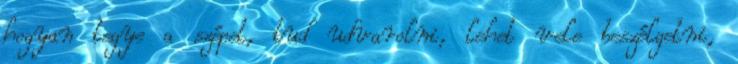
hogyan tegye a szépet, tud udvarolni, lehet vele beszélgetni,